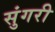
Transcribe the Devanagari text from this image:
सुंगरी